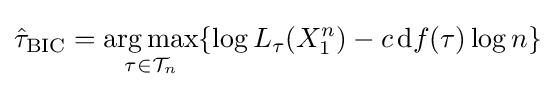
{\hat {\tau }}_{\mathrm {BIC} }={\underset {\tau \in {\mathcal {T}}_{n}}{\arg \max }}\{\log L_{\tau }(X_{1}^{n})-c\,{\textrm {d}}f(\tau )\log n\}